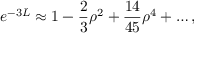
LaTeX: e ^ { - 3 L } \approx 1 - \frac { 2 } { 3 } \rho ^ { 2 } + \frac { 1 4 } { 4 5 } \rho ^ { 4 } + \ldots ,